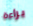
براءة